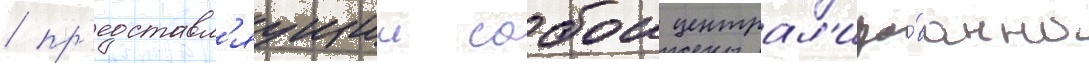
/ пр'едставл'яущии собои централ'изо́ванно